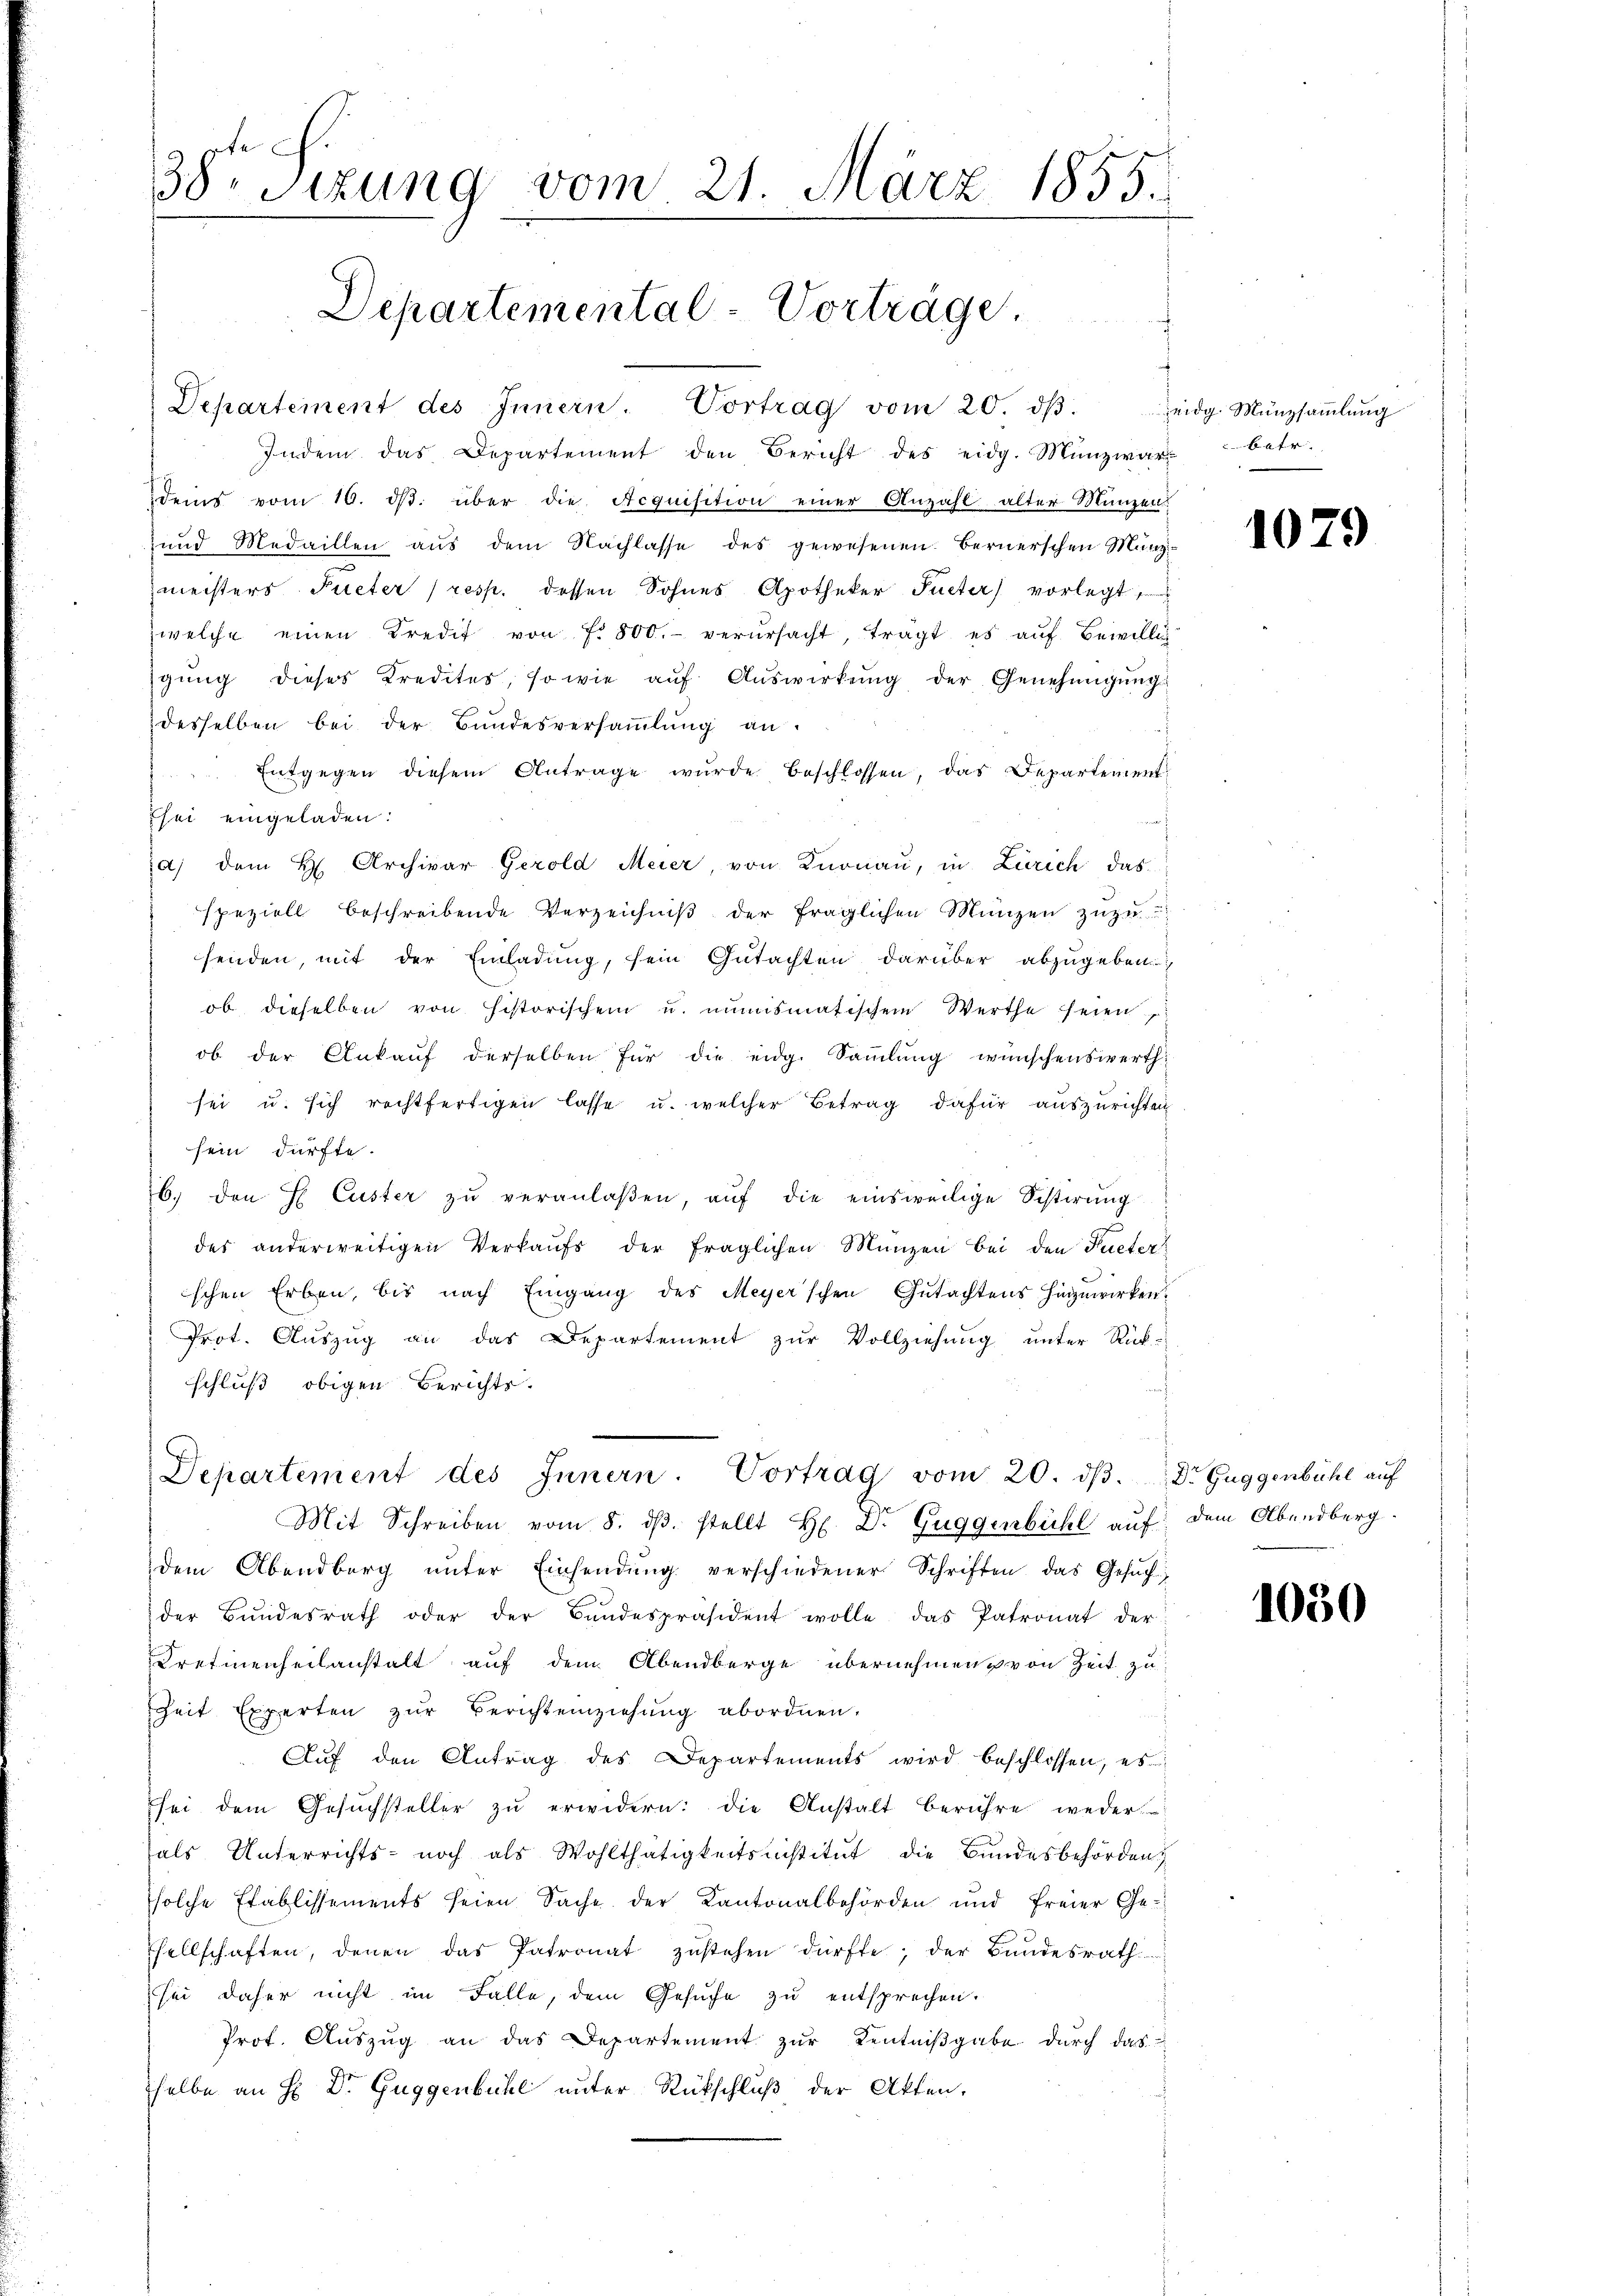
Departement des Innern. Vortrag vom 20. dβ.
Indem das Departement den Bericht des eidg. Münzwar betr.
Dems vom 10. ds. über die Acquisition einer Anzahl alter Münzen
ŭnd Medaillen aŭs dem Nachlasse des gewesenen Bernerschen Münz-
meisters Fueter (resp. dessen Sohnes Apotheker Fueter vorlegt
zwelche einen Kredit von f. 800. verŭrsacht, trägt es aŭf Bewillig
gŭng dieses Kredites, so wie aŭf Aŭswirkŭng der Genehmigŭng
desselben bei der Bundesversaṁlŭng an.
Entgegen diesem Antrage wurde beschlossen, das Departementhei eingeladen:
a) dem H. Archivar Gerold Meier, von Knonau, in Zürich das
speziell beschreibende Verzeichniβ der fraglichen Münzen zŭzŭ
senden, mit der Einladung, sein Gutachten darüber abzugeben
ob dieselben von historischen u. nŭṁismatischem Werthe seien,
ob der Ankaŭf derselben für die eidg. Sammlung wünschenswerth
sei u. sich rechtfertigen lasse u. welcher Betrag dafür auszurichten
sein dürfte.
6. den E. Custer zŭ veranlaßen, aŭf die einsweilige Sistirung
des anderweitigen Verkaŭfs der fraglichen Münzen bei den Fueter
schen Erben, bis nach Eingang des Meyer’schen Gutachtens hinzuwirken.
Prot. Auszug an das Departement zur Vollziehung unter Rück-
schluß obigen Berichts-
Departement des Innern. Vortrag vom 20. dβ. Dr Guggenbühl auf
Mit Schreiben vom 8. dβ. stellt H. Dr. Guggenbühl auf dem Abendberg.
dem Abendberg ŭnter Einsendŭng verschiedener Schriften das Gesŭch
der Bundesrath oder der Bandespräsident wolle das Patronat der
Dretinenheilanstalt auf dem Abendberge übernehmen von Zeit zu
Zeit Experten zŭr Berichteiziehŭng abordnen.
l
Aŭf den Antrag des Departements wird beschlossen, es
sei dem Gesŭchsteller zŭ erwidern: die Anstalt berühre weder
als Unterrichts- noch als Wohlthätigkeitsinstitŭt die Bŭndesbehörden
solche Etablissements seien Sache der Kantonalbehörden und freier Ge-
sellschaften, denen das Patronat zustehen dürfte; der Bundesrath
sei daher nicht im Falle, dem Gesŭche zu entsprechen.
Prot. Aŭszŭg an das Departement zŭr Kentniβgabe durch das
selbe an H: Dr. Guggenbühl unter Rückschluß der Akten.

38. Sizung vom 21. März 1855.

Departemental-Vorträge.

eidg. Münzsammlung

1079

1050